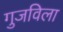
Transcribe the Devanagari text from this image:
गुजविला